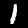
Label: 1